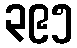
၃၉၅